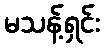
မသန့်ရှင်း